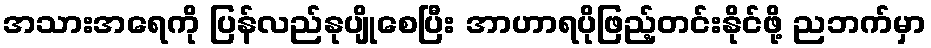
အသားအရေကို ပြန်လည်နုပျိုစေပြီး အာဟာရပိုဖြည့်တင်းနိုင်ဖို့ ညဘက်မှာ